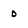
Character: 0